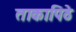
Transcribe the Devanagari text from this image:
ताकापिठे